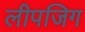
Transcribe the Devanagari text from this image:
लीपजिग